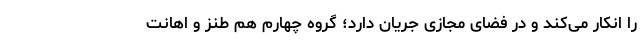
را انکار می‌کند و در فضای مجازی جریان دارد؛ گروه چهارم هم طنز و اهانت